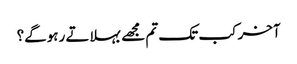
آخر کب تک تم مجھے بہلاتے رہوگے؟